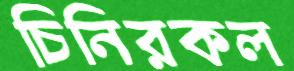
চিনিরকল